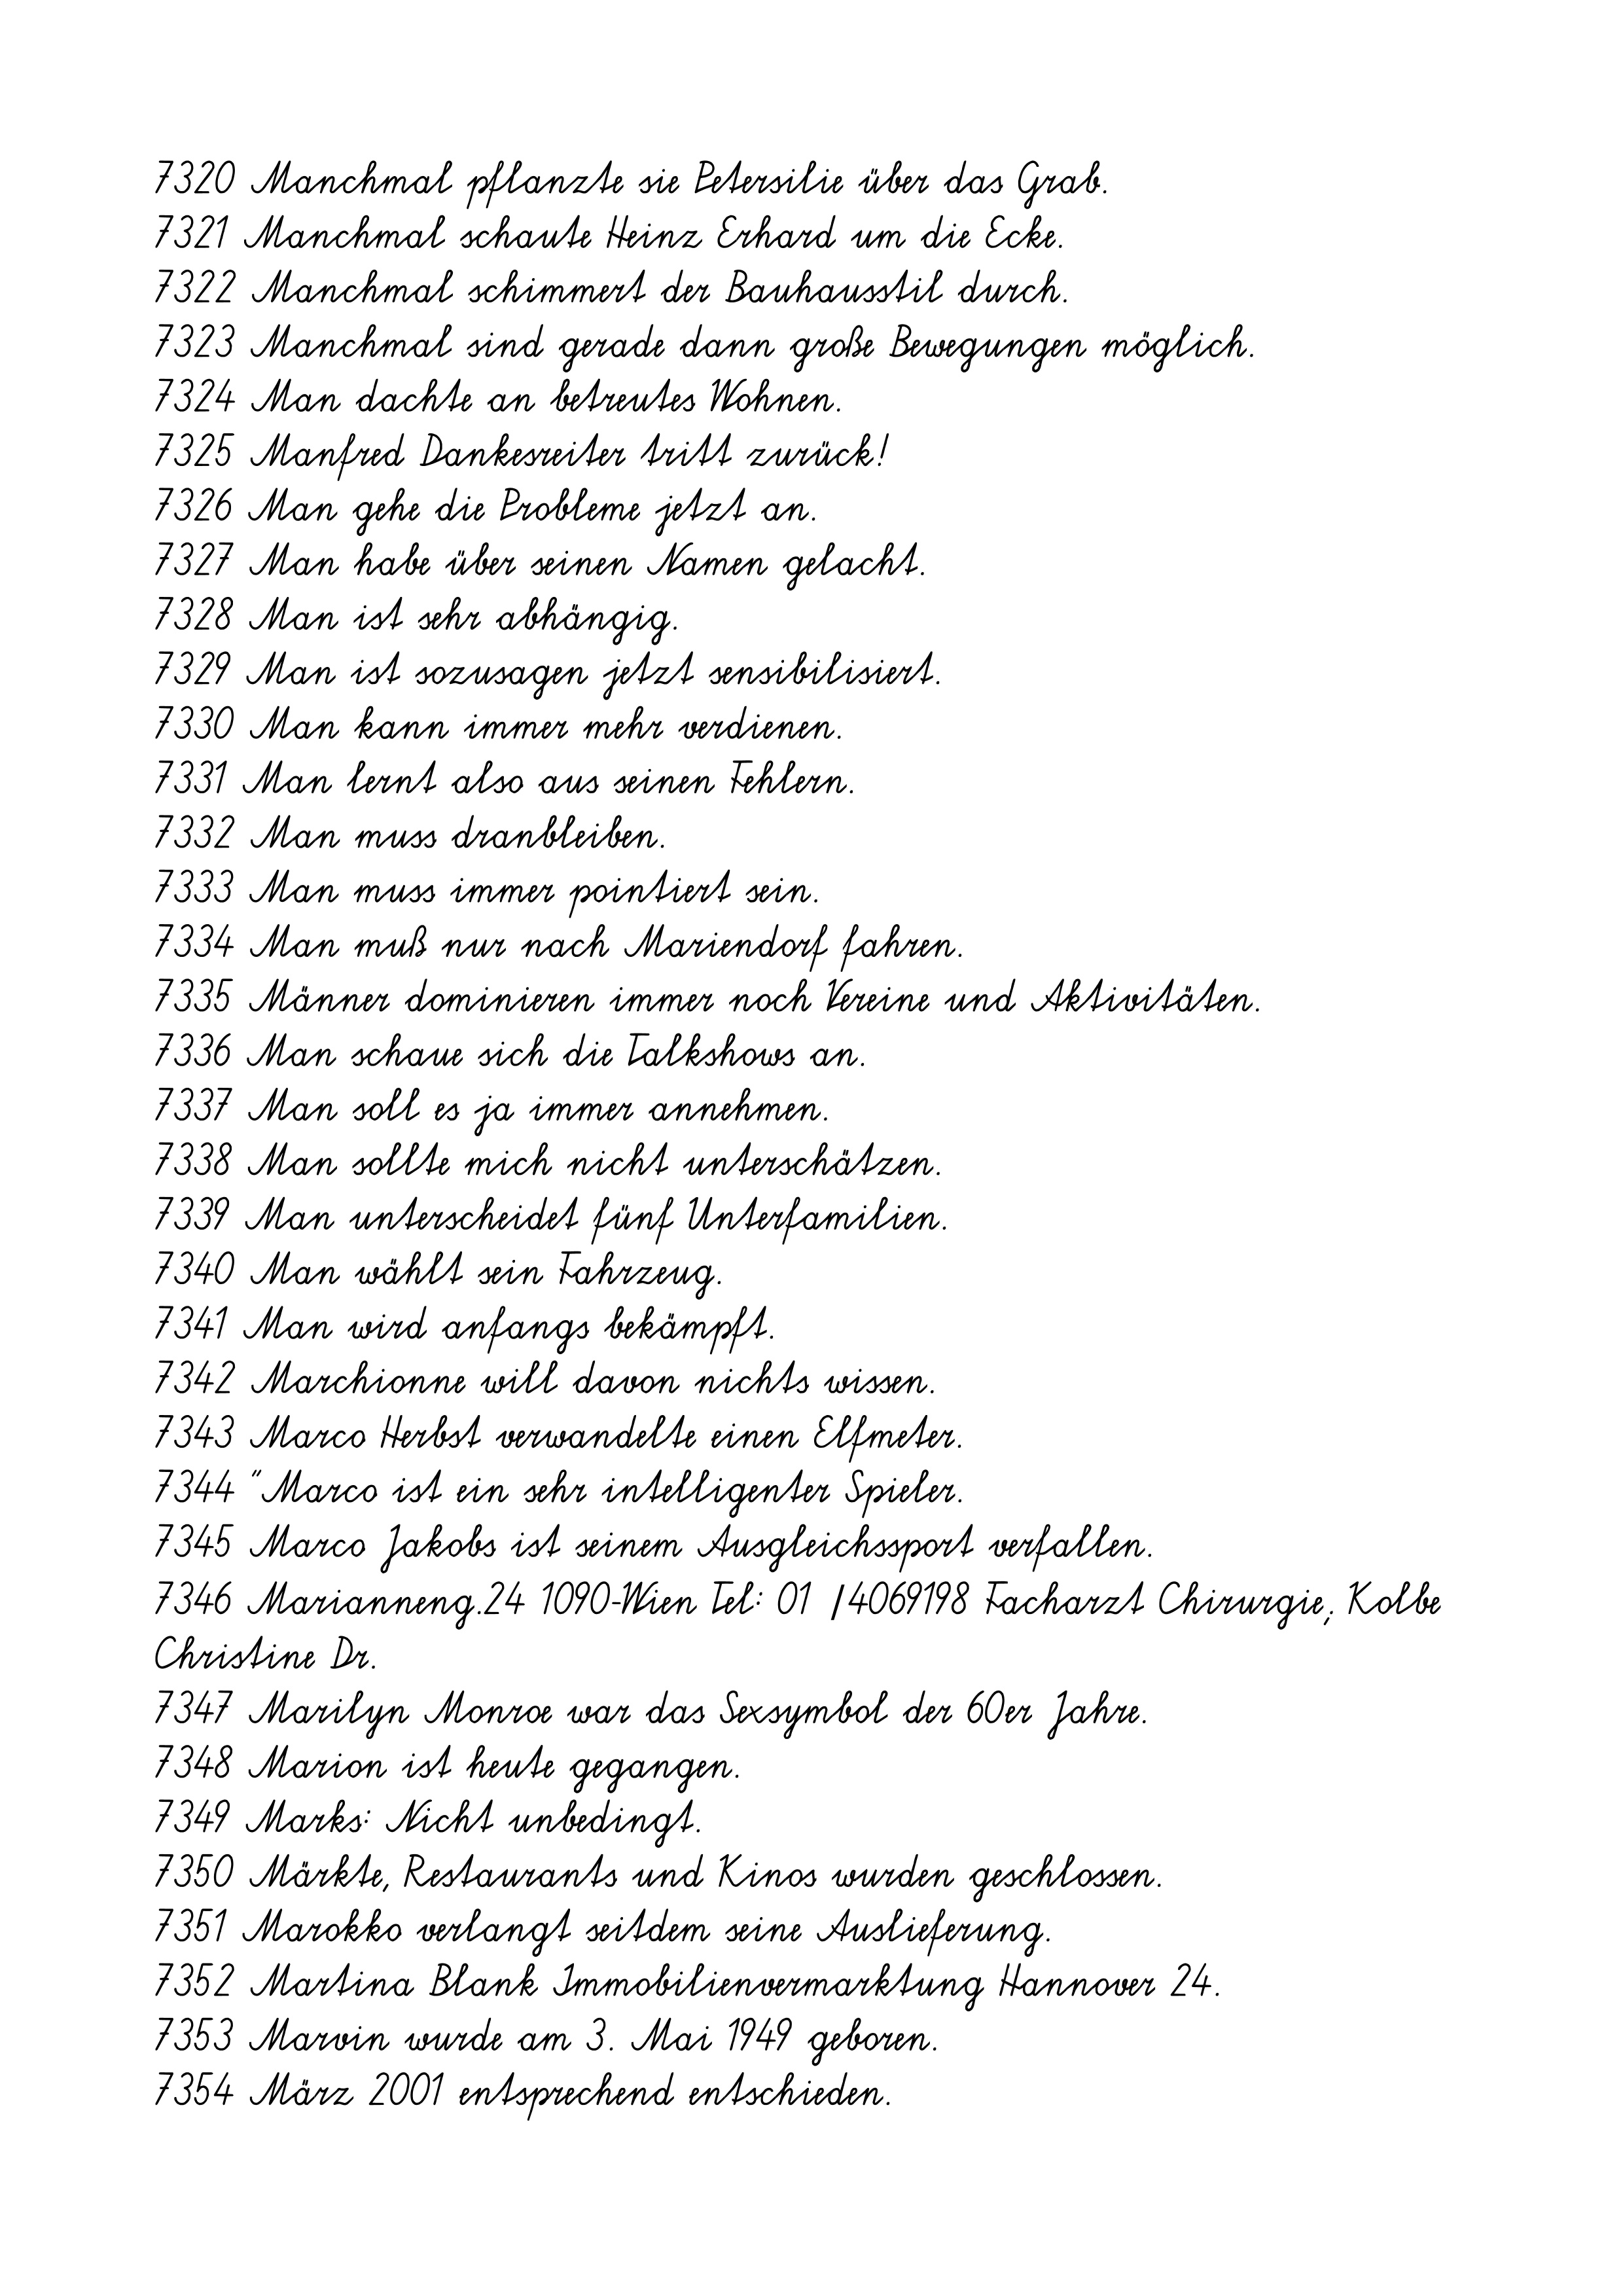
7320 Manchmal pflanzte sie Petersilie über das Grab.
7321 Manchmal schaute Heinz Erhard um die Ecke.
7322 Manchmal schimmert der Bauhausstil durch.
7323 Manchmal sind gerade dann große Bewegungen möglich.
7324 Man dachte an betreutes Wohnen.
7325 Manfred Dankesreiter tritt zurück!
7326 Man gehe die Probleme jetzt an.
7327 Man habe über seinen Namen gelacht.
7328 Man ist sehr abhängig.
7329 Man ist sozusagen jetzt sensibilisiert.
7330 Man kann immer mehr verdienen.
7331 Man lernt also aus seinen Fehlern.
7332 Man muss dranbleiben.
7333 Man muss immer pointiert sein.
7334 Man muß nur nach Mariendorf fahren.
7335 Männer dominieren immer noch Vereine und Aktivitäten.
7336 Man schaue sich die Talkshows an.
7337 Man soll es ja immer annehmen.
7338 Man sollte mich nicht unterschätzen.
7339 Man unterscheidet fünf Unterfamilien.
7340 Man wählt sein Fahrzeug.
7341 Man wird anfangs bekämpft.
7342 Marchionne will davon nichts wissen.
7343 Marco Herbst verwandelte einen Elfmeter.
7344 "Marco ist ein sehr intelligenter Spieler.
7345 Marco Jakobs ist seinem Ausgleichssport verfallen.
7346 Marianneng.24 1090-Wien Tel: 01 /4069198 Facharzt Chirurgie; Kolbe
Christine Dr.
7347 Marilyn Monroe war das Sexsymbol der 60er Jahre.
7348 Marion ist heute gegangen.
7349 Marks: Nicht unbedingt.
7350 Märkte, Restaurants und Kinos wurden geschlossen.
7351 Marokko verlangt seitdem seine Auslieferung.
7352 Martina Blank Immobilienvermarktung Hannover 24.
7353 Marvin wurde am 3. Mai 1949 geboren.
7354 März 2001 entsprechend entschieden.